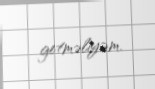
getməliyəm.